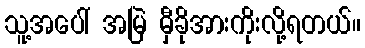
သူ့အပေါ် အမြဲ မှီခိုအားကိုးလို့ရတယ်။